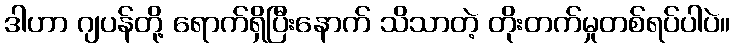
ဒါဟာ ဂျပန်တို့ ရောက်ရှိပြီးနောက် သိသာတဲ့ တိုးတက်မှုတစ်ရပ်ပါပဲ။